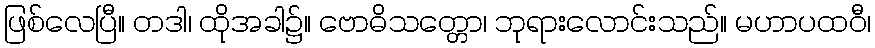
ဖြစ်လေပြီ။ တဒါ၊ ထိုအခါ၌။ ဗောဓိသတ္တော၊ ဘုရားလောင်းသည်။ မဟာပထဝီ၊